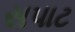
સપાટ